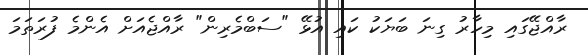
ރާއްޖޭގައި މިހާރު ގިނަ ބަޔަކު ކައި އުޅޭ "ސަބްމެރިން" ރާއްޖެއަށް އެންމެ ފުރަތަމަ